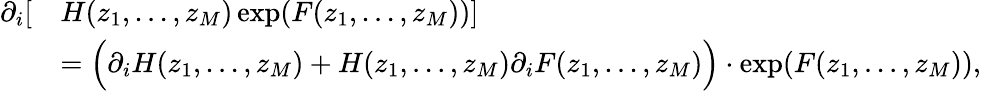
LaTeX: \begin{array}{rl}{\partial_{i}[}&{H(z_{1},...,z_{M})\exp(F(z_{1},...,z_{M}))]}\\ &{=\Big(\partial_{i}H(z_{1},...,z_{M})+H(z_{1},...,z_{M})\partial_{i}F(z_{1},...,z_{M})\Big)\cdot\exp(F(z_{1},...,z_{M})),}\end{array}